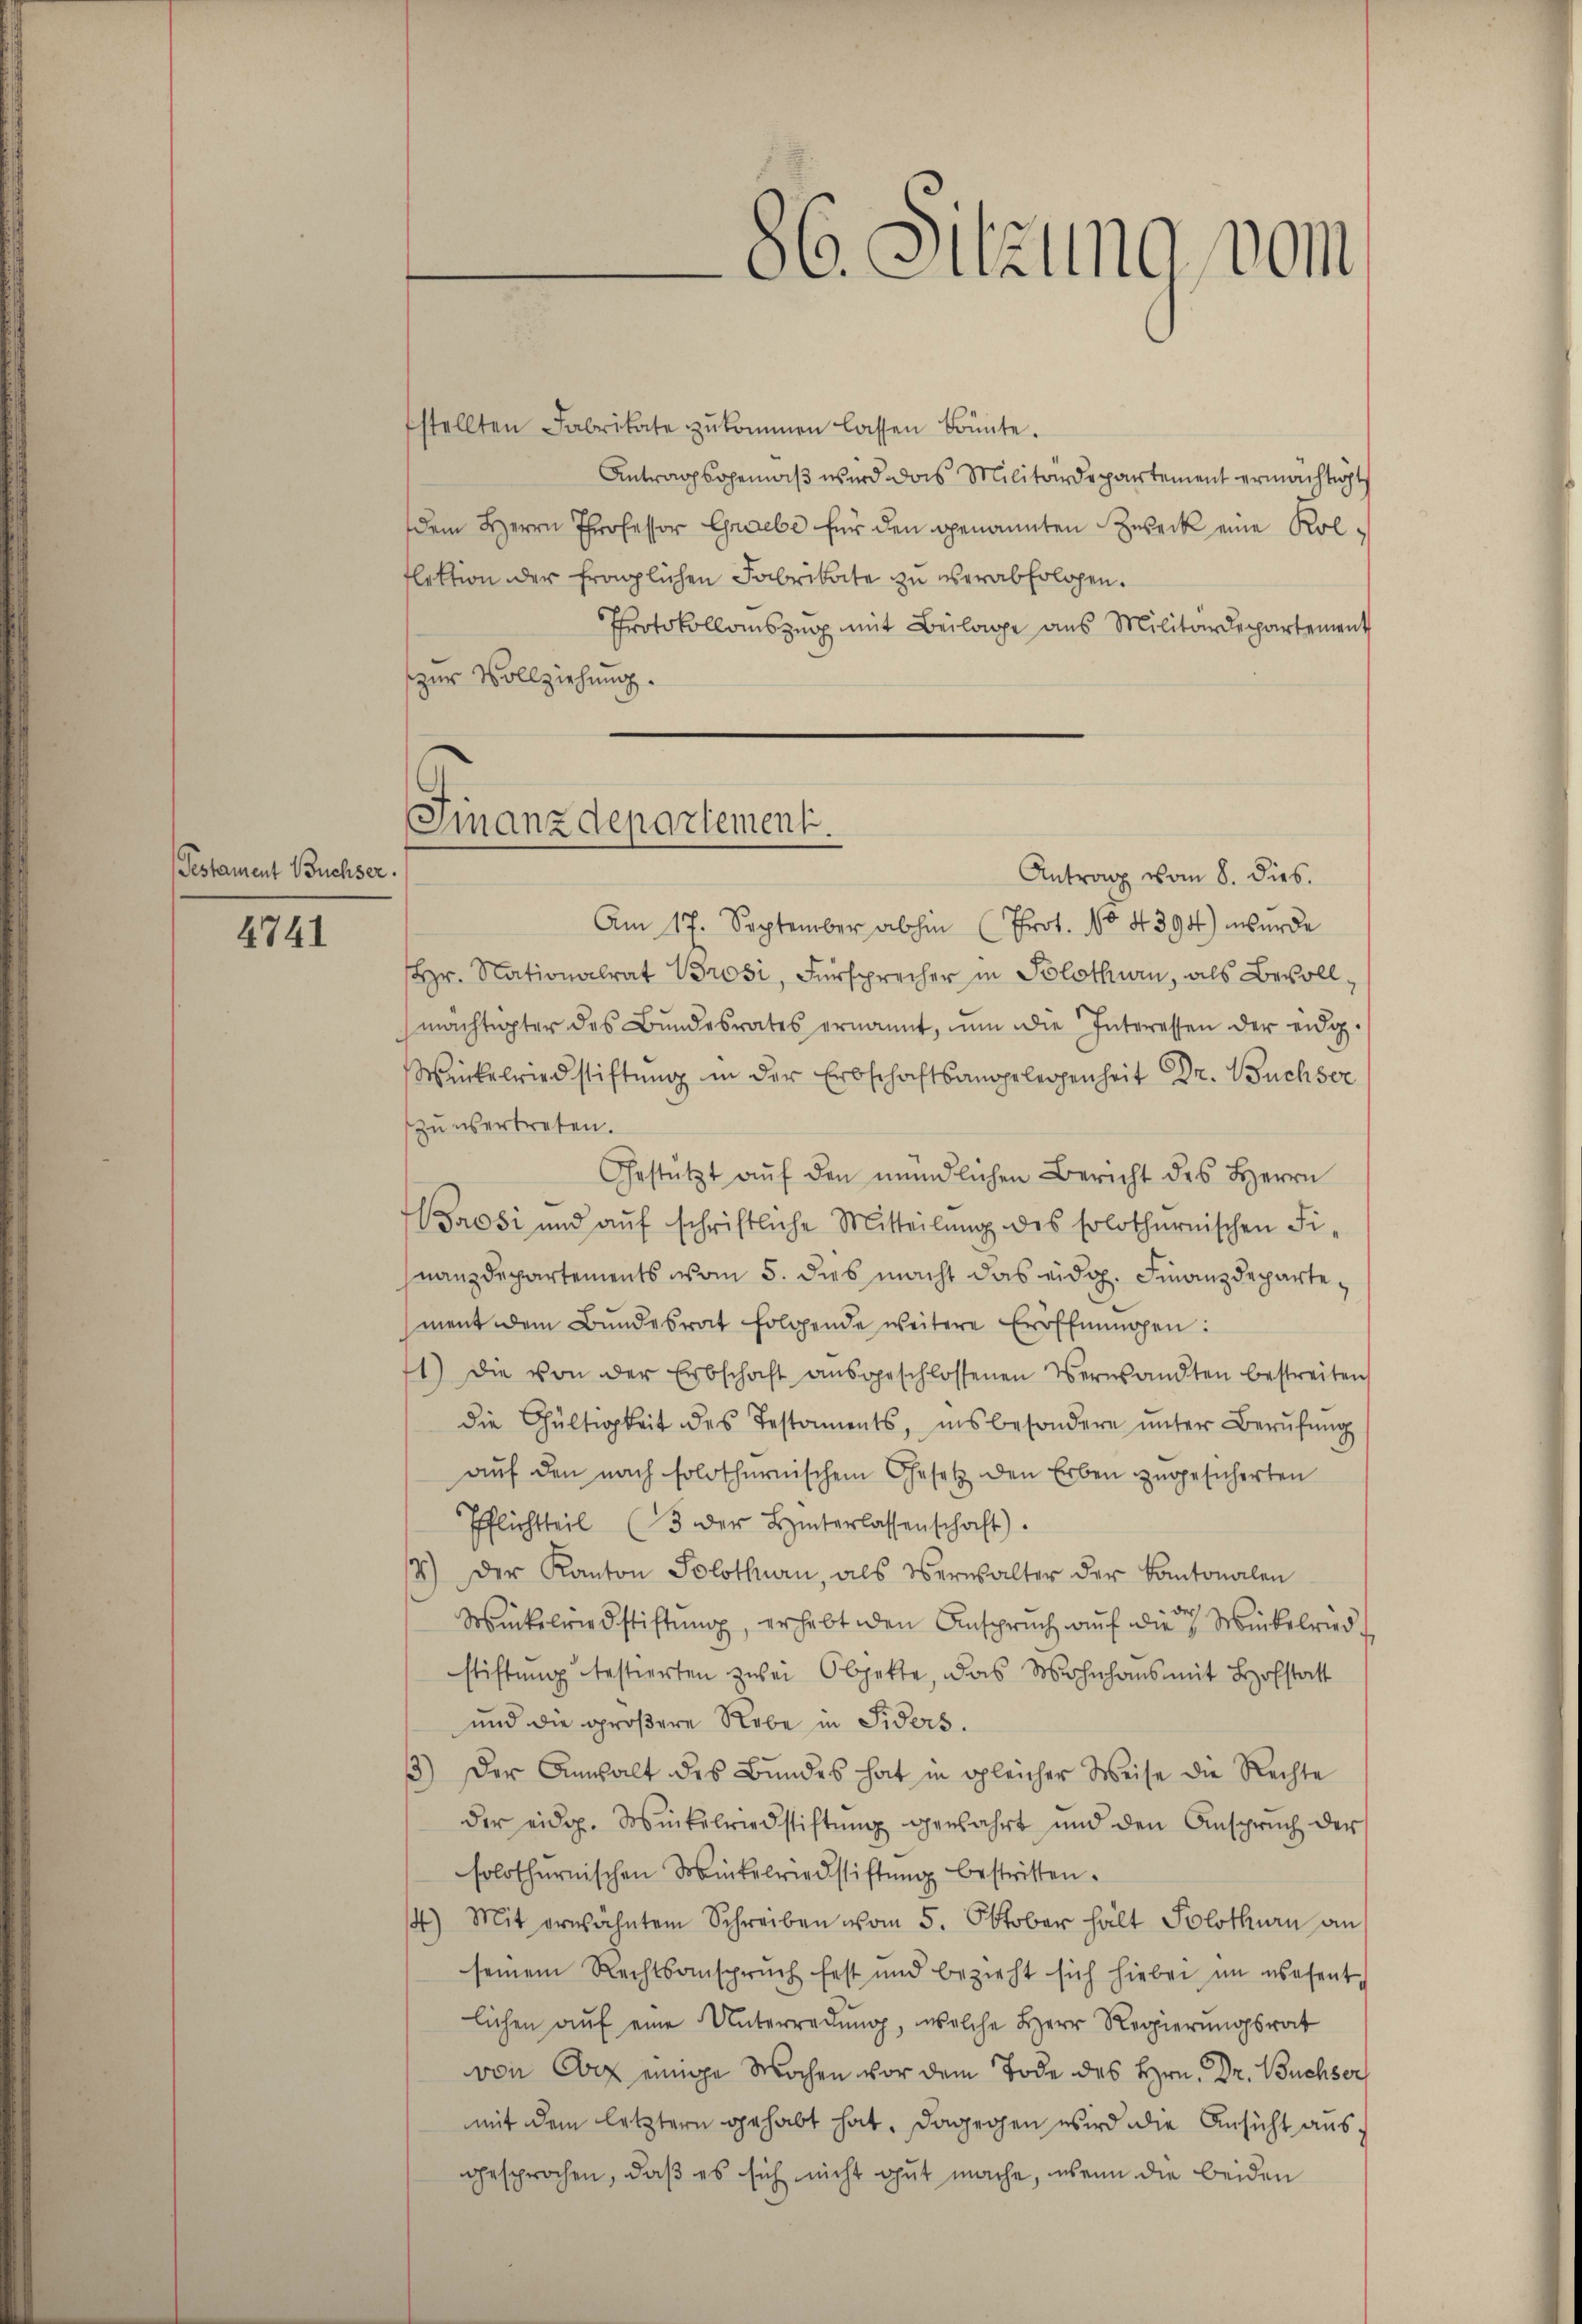
Testament Buchser
4741

stellten Fabrikate zŭkommen lassen könnte.
Antragsgemäβ wird das Militärdepartement ermächtigt
dem Herrn Professor Grebe für den genannten Zweck eine Kolflektion der fraglichen Fabrikate zu verabfolgen.
Protokollauszug mit Beilage aus Militärdepartement
zur Vollziehung.
Antrag vom 8. dies.
Am 17. September abhin (Prot. No 4394) wurde
Hr. Nationalrat Brosi, Fürsprecher in Solothurn, als Bevollmachteter des Bŭndesrates ernannt, ŭm die Interessen der eidg.
Weikelriedstiftung in der Erbschaftsangelegenheit Dr. Büchser
zu übertreten.
Gestützt aŭf den mündlichen Bericht des Herrn
Brosi und aŭf schriftliche Mitteilŭng des solothurnischen Fi-
nanzdepartements vom 5. dies macht das eidg. Finanzdepartement dem Bŭndesrat folgende weitere Eröffnŭngen:
1) die von der Erbschaft aŭsgeschlossenen Versandten bestreiten
die Gültigkeit des Testaments, insbesondere ŭnter Berŭfŭng
auf den nach solothurnischem Gesetz den Erben zugesicherten
Pflichtteil (3 der Hinterlassenschaft).
14.) Der Kanton Solothurn, als Verwalter der Kantonalen
Wickelriedstiftung, erhebt den Anspruch auf die Winkelried
stiftŭng bestierten zwei Objekte, das Wohnhaus mit Hofstatt
und die größere Nebe in Fiders.
33) Der Anwalt des Bŭndes hat in gleicher Weise die Rechte
der eidg. Winkelriedstiftŭng gewahrt und den Ansprŭch der
solothurnischen Winkelriedstiftŭng bestritten.
4) Mit erwähntem Schreiben vom 5. Oktober halt Solothurn an
seinem Rechtsansprŭch fest und bezieht sich hiebei im wesent
lichen aŭf eine Unterradŭng, welche Herr Regierŭngsrat
von Cor einige Wochen vor dem Tode des Hrn. Dr. Buchser
mit dem letztern gehabt hat. Dagegen wird die Ansicht ausgesprochen, daß es sich nicht gut mache, wenn die beiden

Finanzdepartement.

86. Sitzung vom